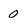
Character: 0